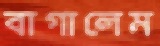
বাগালেম